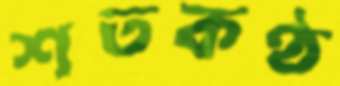
শতকণ্ঠ